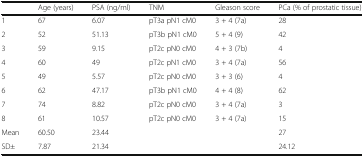
<table><thead><tr><td></td><td><b>Age (years)</b></td><td><b>PSA (ng/ml)</b></td><td><b>TNM</b></td><td><b>Gleason score</b></td><td><b>PCa (% of prostatic tissue)</b></td></tr></thead><tbody><tr><td>1</td><td>67</td><td>6.07</td><td>pT3a pN1 cM0</td><td>3 + 4 (7a)</td><td>28</td></tr><tr><td>2</td><td>52</td><td>51.13</td><td>pT3b pN1 cM0</td><td>5 + 4 (9)</td><td>42</td></tr><tr><td>3</td><td>59</td><td>9.15</td><td>pT2c pN0 cM0</td><td>4 + 3 (7b)</td><td>4</td></tr><tr><td>4</td><td>60</td><td>49</td><td>pT2c pN1 cM0</td><td>3 + 4 (7a)</td><td>56</td></tr><tr><td>5</td><td>49</td><td>5.57</td><td>pT2c pN0 cM0</td><td>3 + 3 (6)</td><td>4</td></tr><tr><td>6</td><td>62</td><td>47.17</td><td>pT3b pN1 cM0</td><td>4 + 4 (8)</td><td>62</td></tr><tr><td>7</td><td>74</td><td>8.82</td><td>pT2c pN0 cM0</td><td>3 + 4 (7a)</td><td>3</td></tr><tr><td>8</td><td>61</td><td>10.57</td><td>pT2c pN0 cM0</td><td>3 + 4 (7a)</td><td>15</td></tr><tr><td>Mean</td><td>60.50</td><td>23.44</td><td rowspan="2"></td><td rowspan="2"></td><td>27</td></tr><tr><td>SD±</td><td>7.87</td><td>21.34</td><td>24.12</td></tr></tbody></table>